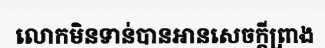
លោកមិនទាន់បានអានសេចក្តីព្រាង